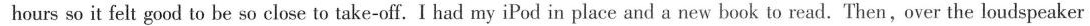
hours so it felt good to be so close to take-off. I had my iPod in place and a new book to read. Then,over the loudspeaker